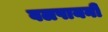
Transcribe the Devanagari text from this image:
वलपायनी